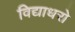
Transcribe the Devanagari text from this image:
विद्याधरो